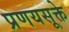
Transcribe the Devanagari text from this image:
प्रणयसूक्ते